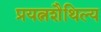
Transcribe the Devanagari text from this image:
प्रयत्नशैथिल्य